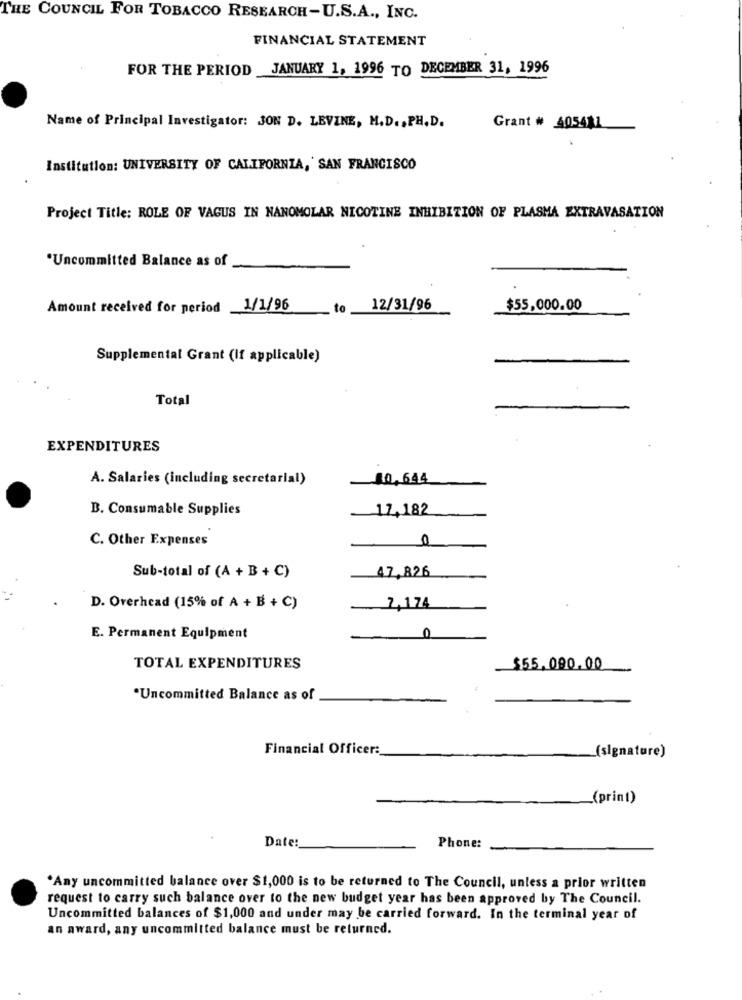
THE COUNCIL FOR TOBACCO RESEARCH-U.S.A ., INC.
FINANCIAL STATEMENT
FOR THE PERIOD _JANUARY 1, 1996 TO DECEMBER 31, 1996
Name of Principal Investigator: JON D. LEVINE, M.D. , PH. D.
Grant # 405411
Institution: UNIVERSITY OF CALIFORNIA, SAN FRANCISCO
Project Title: ROLE OF VAGUS IN NANOMOLAR NICOTINE INHIBITION OF PLASMA EXTRAVASATION
"Uncommitted Balance as of
Amount received for period
1/1/96
to
12/31/96
$55,000.00
Supplemental Grant (If applicable)
Total
EXPENDITURES
A. Salaries (including secretarial)
40,644
B. Consumable Supplies
17,182
C. Other Expenses
0
Sub-total of (A + B + C)
47,826
D. Overhead (15% of A + B + C)
7,174
E. Permanent Equipment
0
TOTAL EXPENDITURES
$55,000.00
*Uncommitted Balance as of
Financial Officer :_
(signature)
(print)
Date:
Phone:
.Any uncommitted balance over $1,000 is to be returned to The Council, unless a prior written
request to carry such balance over to the new budget year has been approved by The Council.
Uncommitted balances of $1,000 and under may be carried forward. In the terminal year of
an award, any uncommitted balance must be returned.